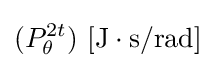
(P_{\theta }^{2t})\ \mathrm {[J\cdot s/rad]}